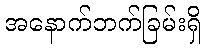
အနောက်ဘက်ခြမ်းရှိ